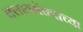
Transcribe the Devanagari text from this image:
क्लायमॅक्सच्या